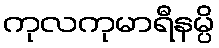
ကုလကုမာရီနမ္ပိ